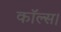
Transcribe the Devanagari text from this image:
कॉल्‍स।